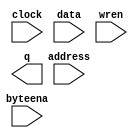
module Ram_Real (
	address,
	byteena,
	clock,
	data,
	wren,
	q);

	input	[9:0]  address;
	input	[3:0]  byteena;
	input	  clock;
	input	[31:0]  data;
	input	  wren;
	output	[31:0]  q;
`ifndef ALTERA_RESERVED_QIS
// synopsys translate_off
`endif
	tri1	[3:0]  byteena;
	tri1	  clock;
`ifndef ALTERA_RESERVED_QIS
// synopsys translate_on
`endif

endmodule